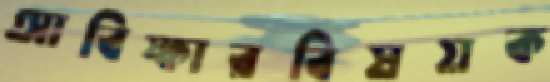
আবিষ্কারবিষয়ক